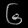
Digit: ၆